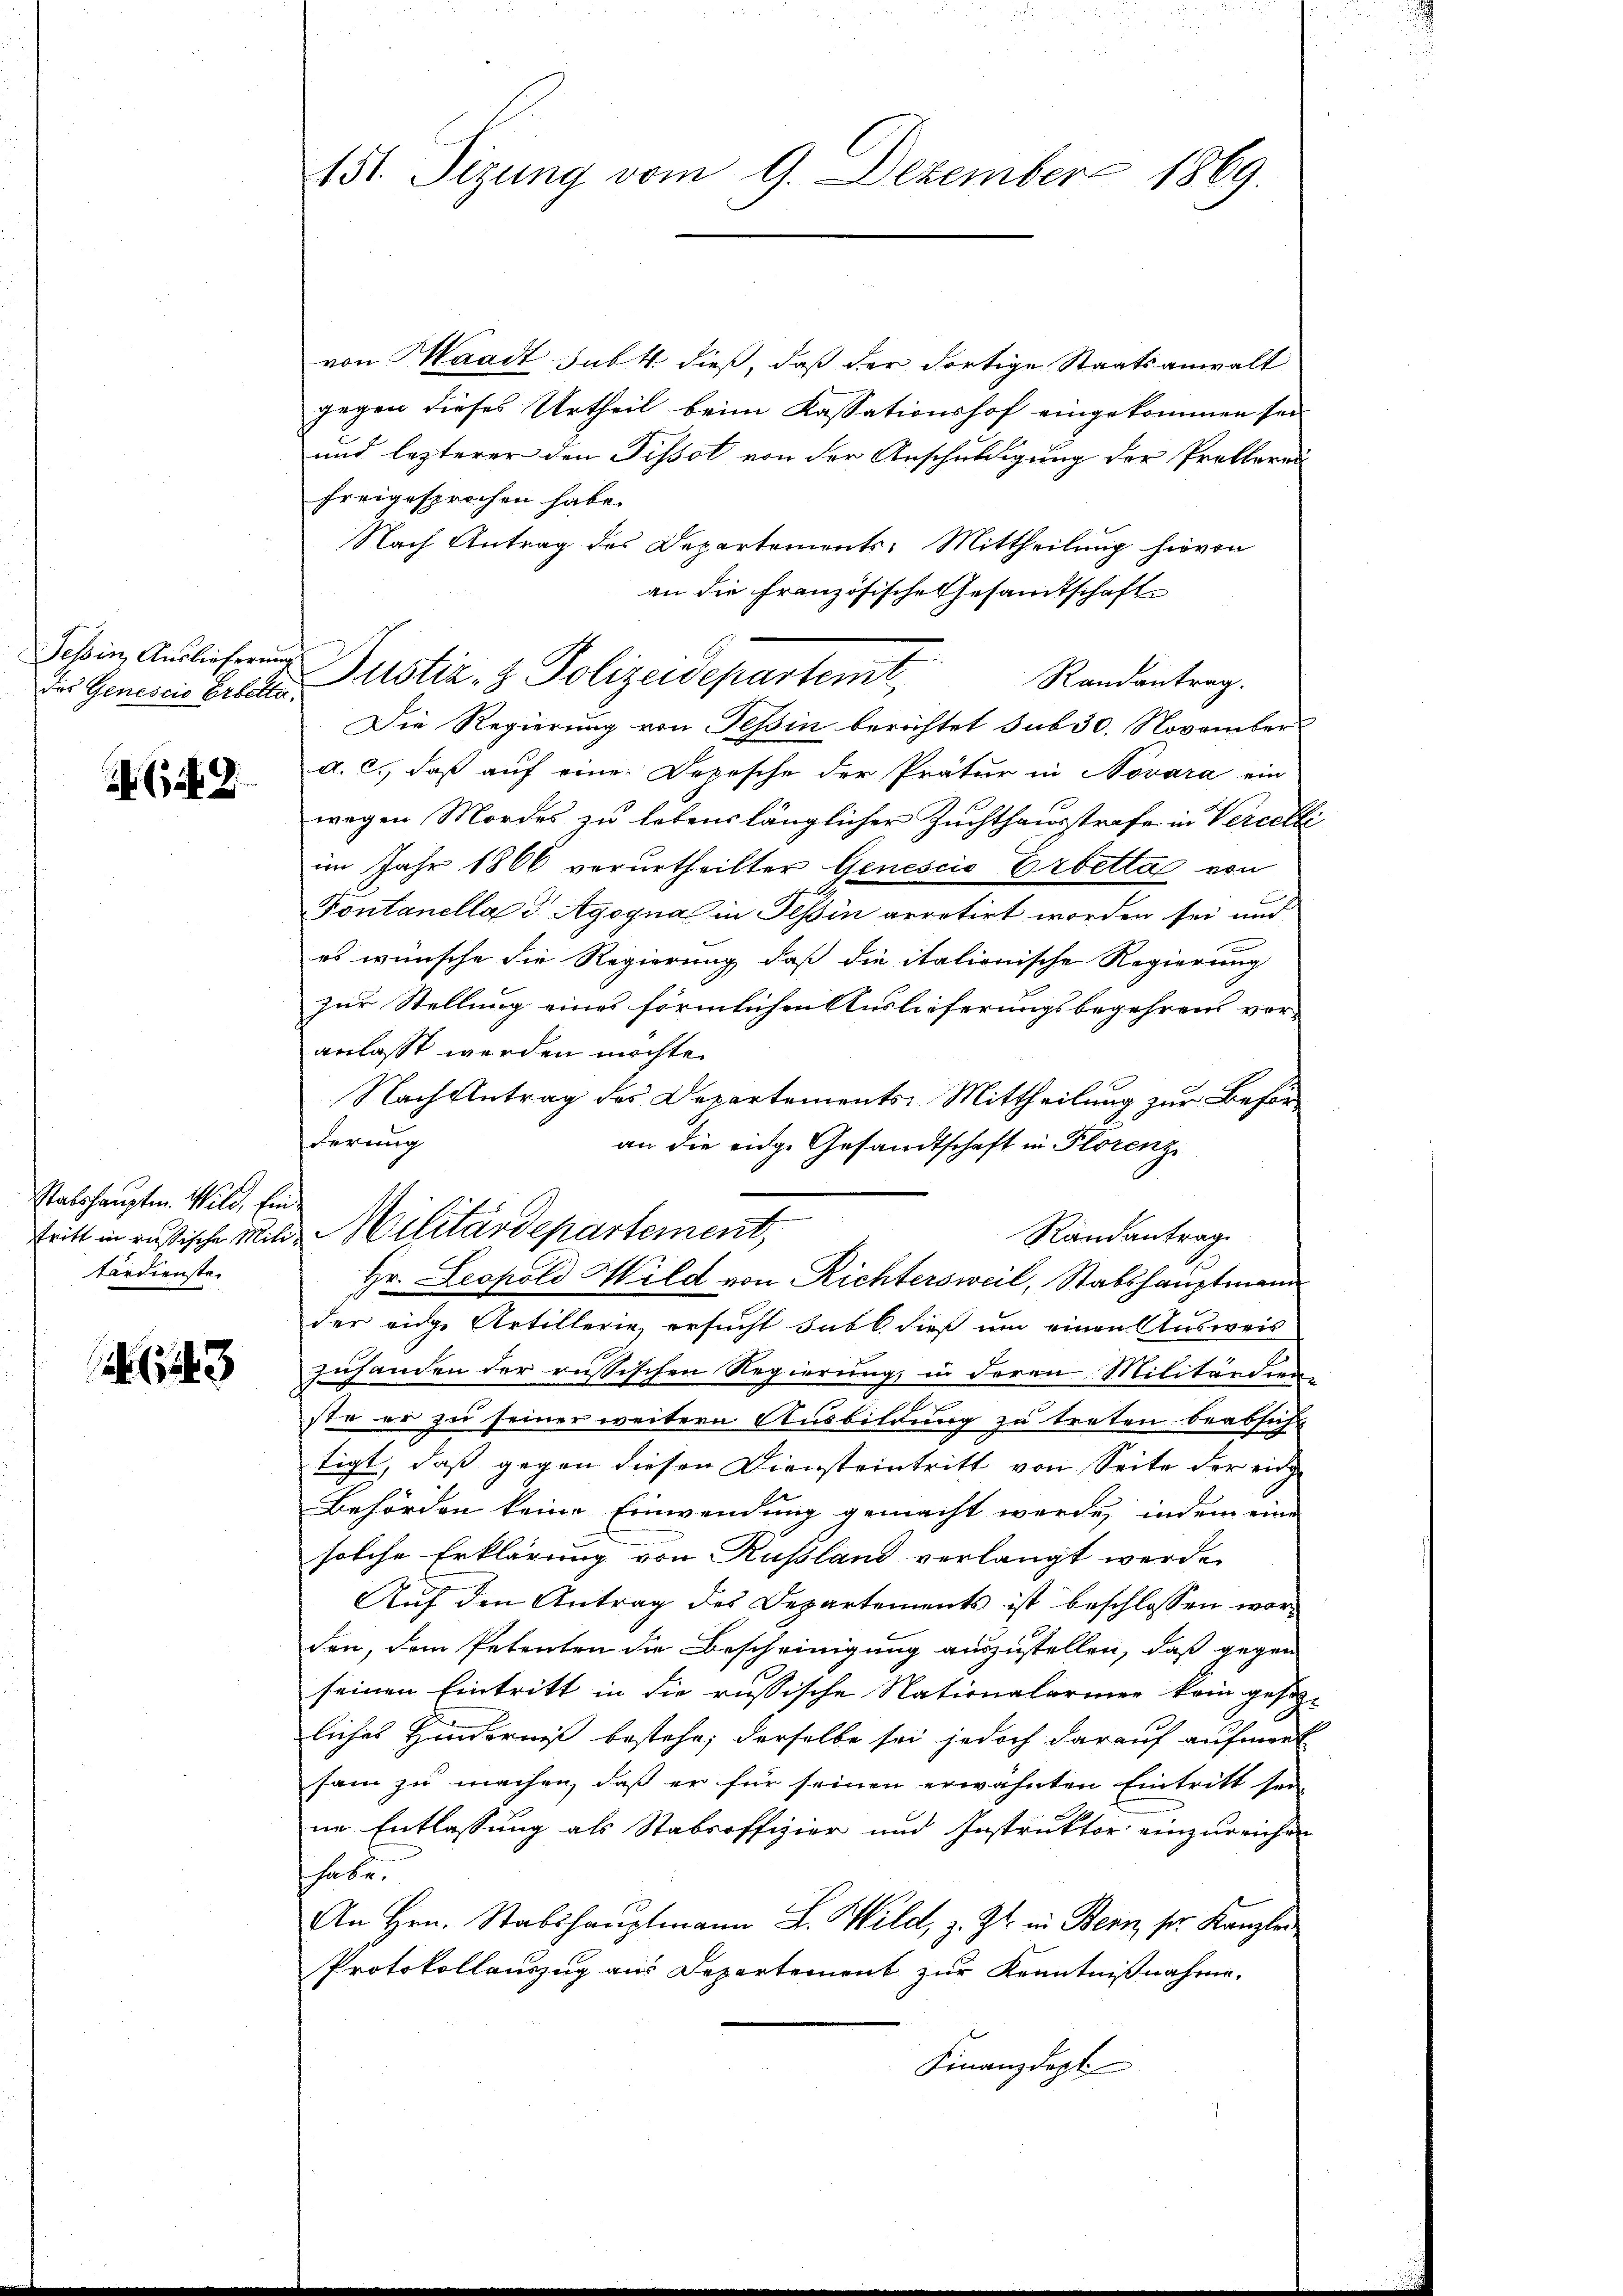
Tessin, Auslieferung
das Genescio Erbette.

(154. 2

Stabshauptm. Wild. Ein
tritt in russische Militerdienste.

143

151. Sizung vom 9. Dezember 1869.

von Waadt Subst dieß, daß der dortige Staatsanwalt
gegen dieses Urtheil beim Kassationshof eingekommen sei
und lezterer den Tissot von der Anschuldigung der Prottorei
freigesprochen habe.
Nach Antrag des Departements: Mittheilung hievon
an die Französische Gesamtschaft
Bustiz- & Polizeidepartemt,
Randantrag.
Die Regierung von Teßin berichtet sub 30. November
d. c., daß auf eine Depesche der Prätur in Novara ein
wegen Mordes zu lebenslänglicher Zuchthausstrafe in Vercelli
im Jahr 1866 verurtheilter Genescio Erbetta von
Fontanella 3 Agogna in Tessin arretirt worden sei und
es wünsche die Regierung, daß die italionische Regierung
zur Stellung eines förmlichen Auslieferungsbegehren vor-
anlasst werden möchte.
Nach Antrag des Departements-Mittheilung zur Beförderung
an die eidge Gesandtschaft in Florenz
Militärdepartement,
Randantrag
Hr. Leopold Wild von Richtersweil, Stabshauptmann
der eidge Artillerie, ersucht sub b. dieß um einen Ausweis
zuhanden der russischen Regierung, in deren Militärdien-
ste er zu seiner weitern Ausbildung zu treten beabsicht
tigt, daß gegen diesen Diensteintritt von Seite der eing
Behörden keine Einwendung gemacht werde, indem eine
solche Erklärung von Rußland verlangt werde.
Auf den Antrag des Departements ist beschlossen worden, dem Petenten die Bescheinigung auszustellen, daß gegen
seinen Eintritt in die russische Nationalarmen kein gesetz-
liches Hinderniß bestehe; derselbe sei jedoch darauf aufmerk
sam zu machen, daß er für seinen erwähnten Eintritt sei-
ne Entlassung als Stabsoffizier und Instruktor einzureichen
habe.
An Hrn. Stabshauptmann L. Wild, z. Zt. in Bern, ser Kanzlei
Protokollauszug aus Departement zur Kenntnißnahme.
Finanzdept